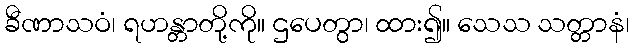
ခီဏာသဝံ၊ ရဟန္တာတို့ကို။ ဌပေတွာ၊ ထား၍။ သေသ သတ္တာနံ၊